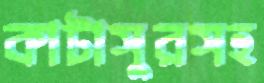
কাটাসুরসহ